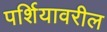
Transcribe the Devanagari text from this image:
पर्शियावरील